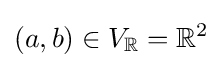
(a,b)\in V_{\mathbb {R} }=\mathbb {R} ^{2}